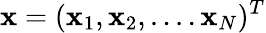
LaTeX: {\mathbf x}=({\mathbf x_{1}},{\mathbf x_{2}},....{\mathbf x_{N}})^{T}